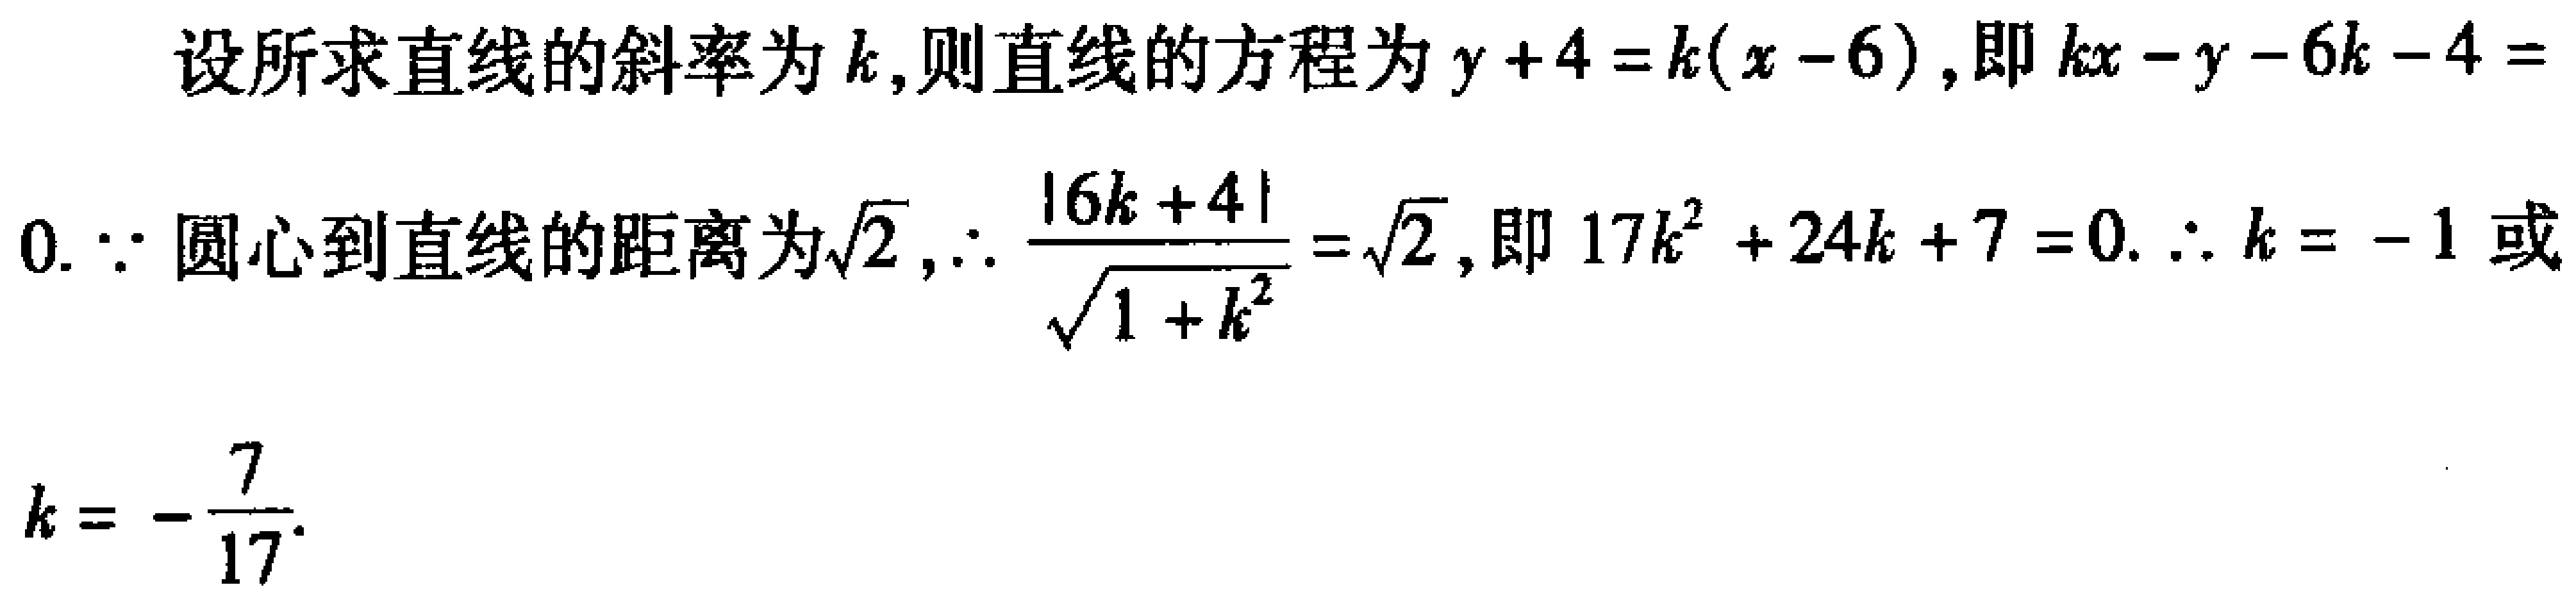
设所求直线的斜率为\(k\)，则直线的方程为\(y + 4 = k(x - 6)\)，即\(kx - y - 6k - 4 = 0\). \(\because\)圆心到直线的距离为\(\sqrt{2}\)，\(\therefore \frac{|6k + 4|}{\sqrt{1 + k^{2}}} = \sqrt{2}\)，即\(17k^{2} + 24k + 7 = 0\). \(\therefore k = -1\)或\(k = -\frac{7}{17}\).